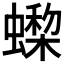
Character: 𧑇